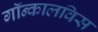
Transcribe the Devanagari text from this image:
गॉन्कालविस